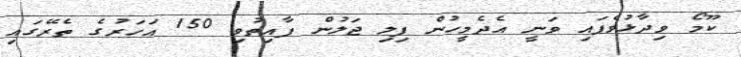
ކޫމޯ ވިދާޅުވެފައި ވަނީ އެދެމީހުން ފިލި ޖަލުން ފާއިތުވި 150 އަހަރުގެ ތެރޭގައި